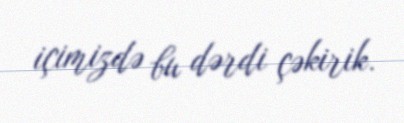
içimizdə bu dərdi çəkirik.